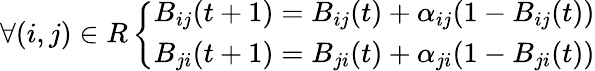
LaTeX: \forall(i,j)\in R\left\{ \begin{array}{ll}{B_{ij}(t+1)=B_{ij}(t)+\alpha_{ij}(1-B_{ij}(t))}\\ {B_{ji}(t+1)=B_{ji}(t)+\alpha_{ji}(1-B_{ji}(t))}\end{array}\right.